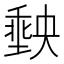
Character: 𭏮